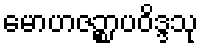
မောဟဇဉ္စာပဝိဒ္ဒသု